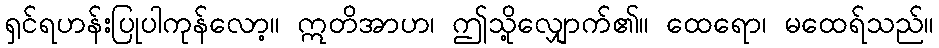
ရှင်ရဟန်းပြုပါကုန်လော့။ ဣတိအာဟ၊ ဤသို့လျှောက်၏။ ထေရော၊ မထေရ်သည်။